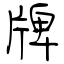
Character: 牌